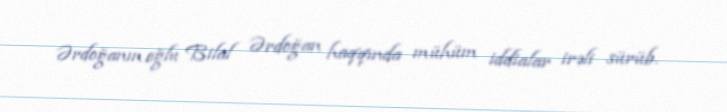
Ərdoğanın oğlu Bilal Ərdoğan haqqında mühüm iddialar irəli sürüb.